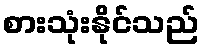
စားသုံးနိုင်သည်